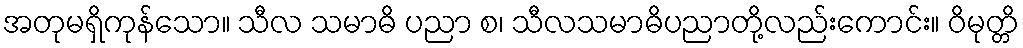
အတုမရှိကုန်သော။ သီလ သမာဓိ ပညာ စ၊ သီလသမာဓိပညာတို့လည်းကောင်း။ ဝိမုတ္တိ